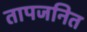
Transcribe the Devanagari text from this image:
तापजनित